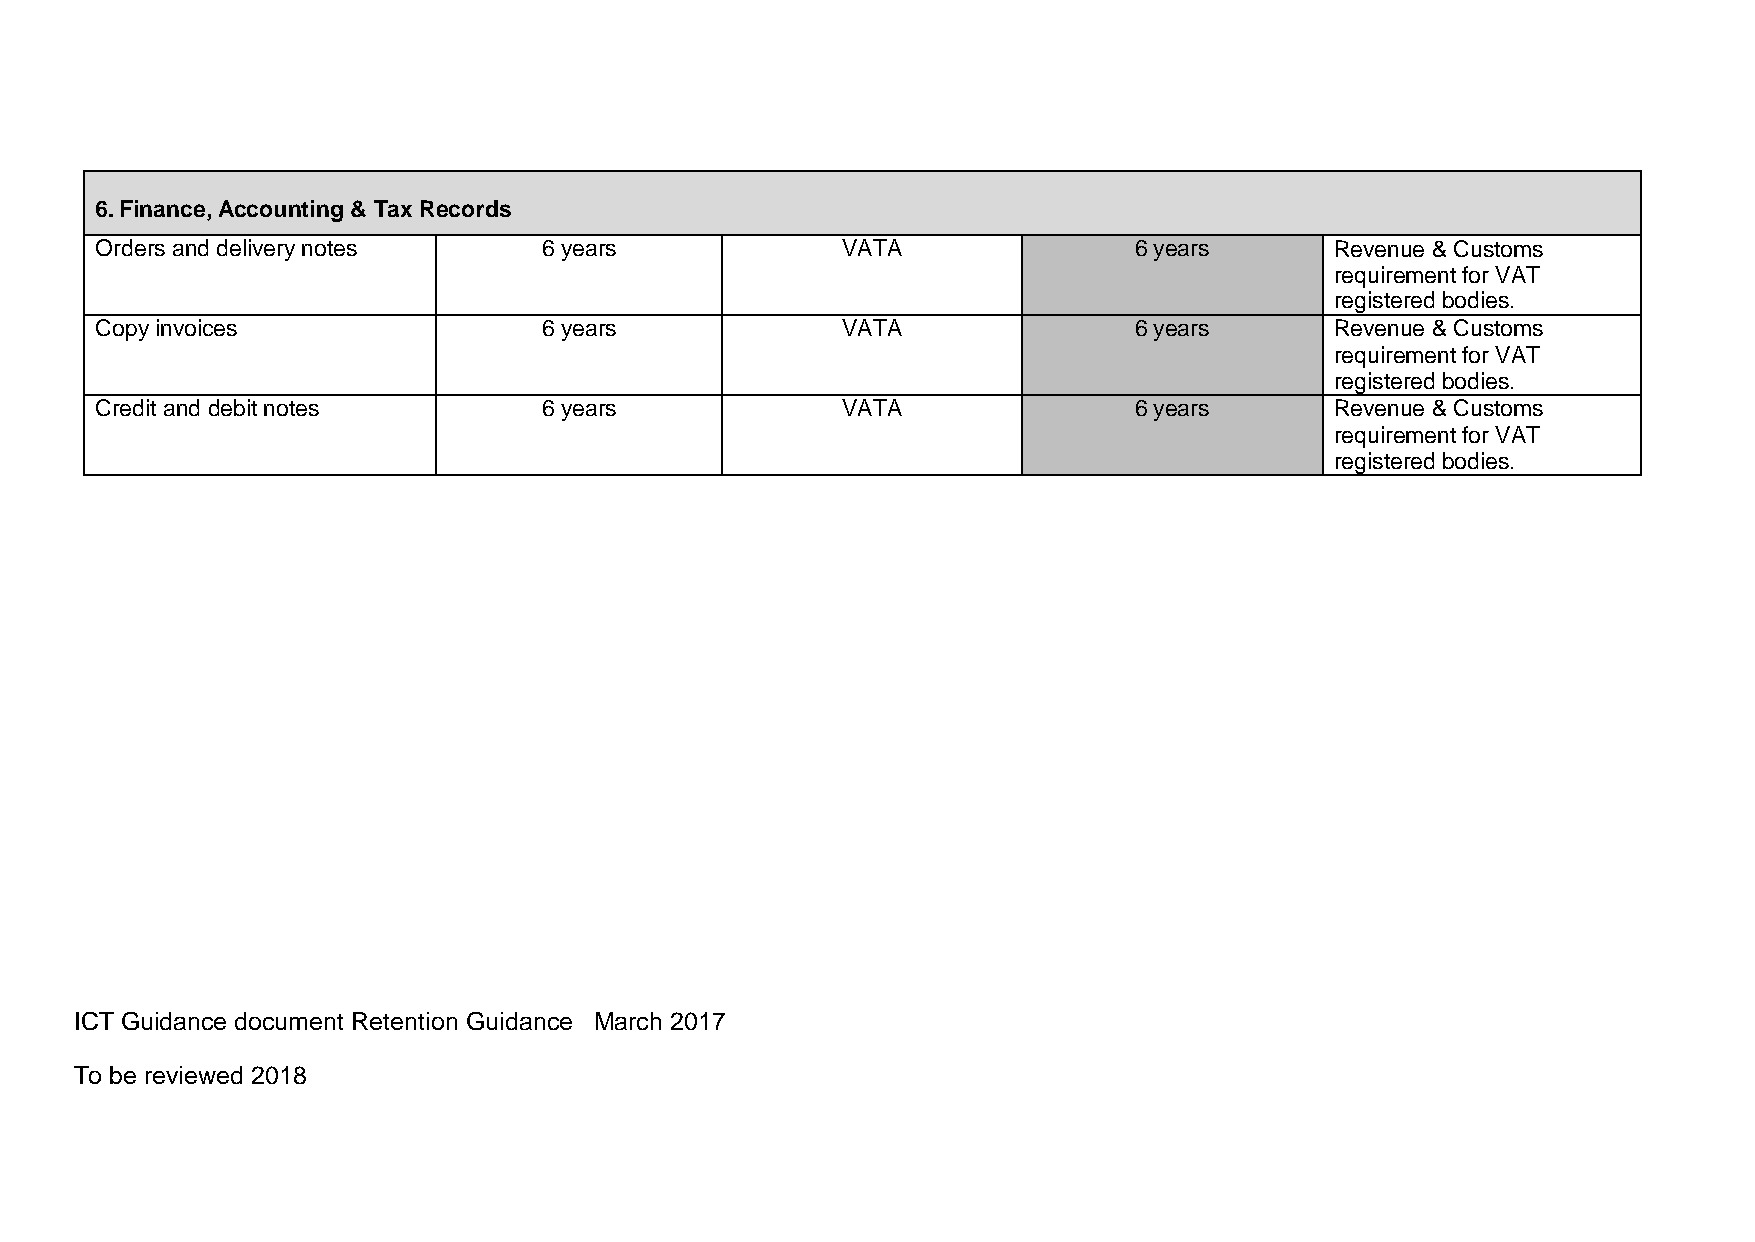
6. Finance, Accounting & Tax Records
 Orders and delivery notes     6 years             VATA               6 years      Revenue & Customs
 requirement for VAT
 registered bodies.
 Copy invoices                 6 years             VATA               6 years      Revenue & Customs
 requirement for VAT
 registered bodies.
 Credit and debit notes        6 years             VATA               6 years      Revenue & Customs
 requirement for VAT
 registered bodies.
 ICT Guidance document Retention Guidance March 2017
 To be reviewed 2018